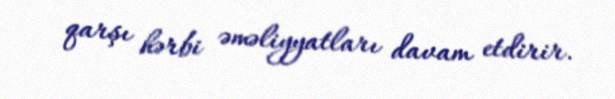
qarşı hərbi əməliyyatları davam etdirir.